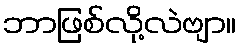
ဘာဖြစ်လို့လဲဗျာ။